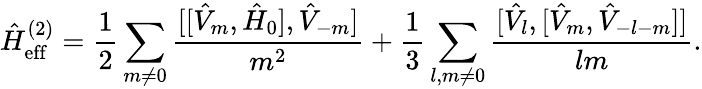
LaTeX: \hat{H}_{\mathrm{eff}}^{(2)}=\frac{1}{2}\sum_{m\neq 0}\frac{[[\hat{V}_{m},\hat{H}_{0}],\hat{V}_{-m}]}{m^{2}}+\frac{1}{3}\sum_{l,m\neq 0}\frac{[\hat{V}_{l},[\hat{V}_{m},\hat{V}_{-l-m}]]}{lm}.